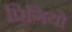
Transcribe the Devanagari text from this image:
प्रिगियो